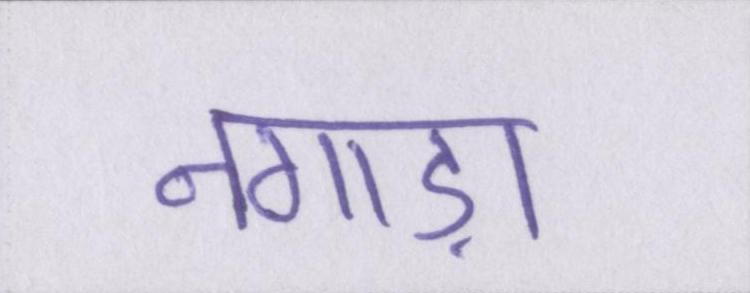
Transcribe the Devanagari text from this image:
नगाड़ा